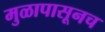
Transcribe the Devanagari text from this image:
मुळापासूनच